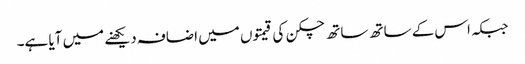
جبکہ اس کے ساتھ ساتھ چکن کی قیمتوں میں اضافہ دیکھنے میں آیا ہے۔